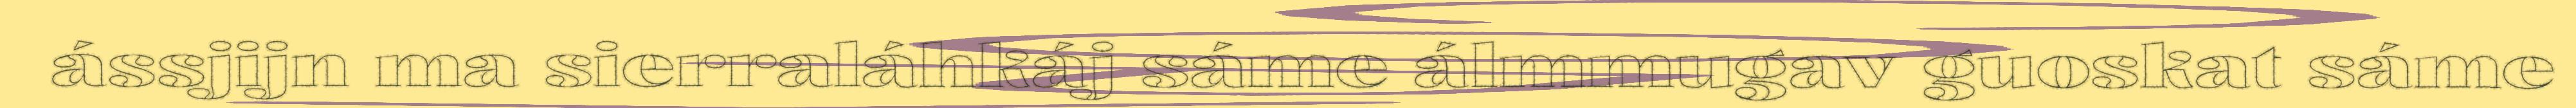
ássjijn ma sierraláhkáj sáme álmmugav guoskat sáme